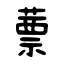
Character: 蔈